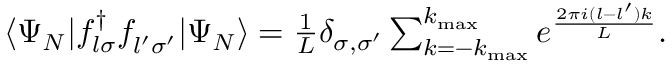
\begin{array} { r } { \langle \Psi _ { N } | f _ { l \sigma } ^ { \dagger } f _ { l ^ { \prime } \sigma ^ { \prime } } ^ { \phantom { \dagger } } | \Psi _ { N } \rangle = \frac { 1 } { L } \delta _ { \sigma , \sigma ^ { \prime } } \sum _ { k = - k _ { \mathrm { m a x } } } ^ { k _ { \mathrm { m a x } } } e ^ { \frac { 2 \pi i ( l - l ^ { \prime } ) k } { L } } . } \end{array}